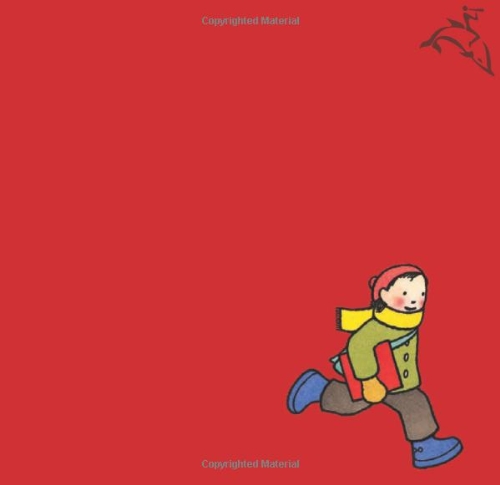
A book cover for The Red Book (Caldecott Honor Book); Barbara Lehman; Children's Books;